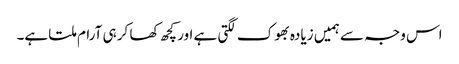
اس وجہ سے ہمیں زیادہ بھوک لگتی ہے اور کچھ کھا کر ہی آرام ملتا ہے۔